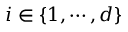
i \in \{ 1 , \cdots , d \}